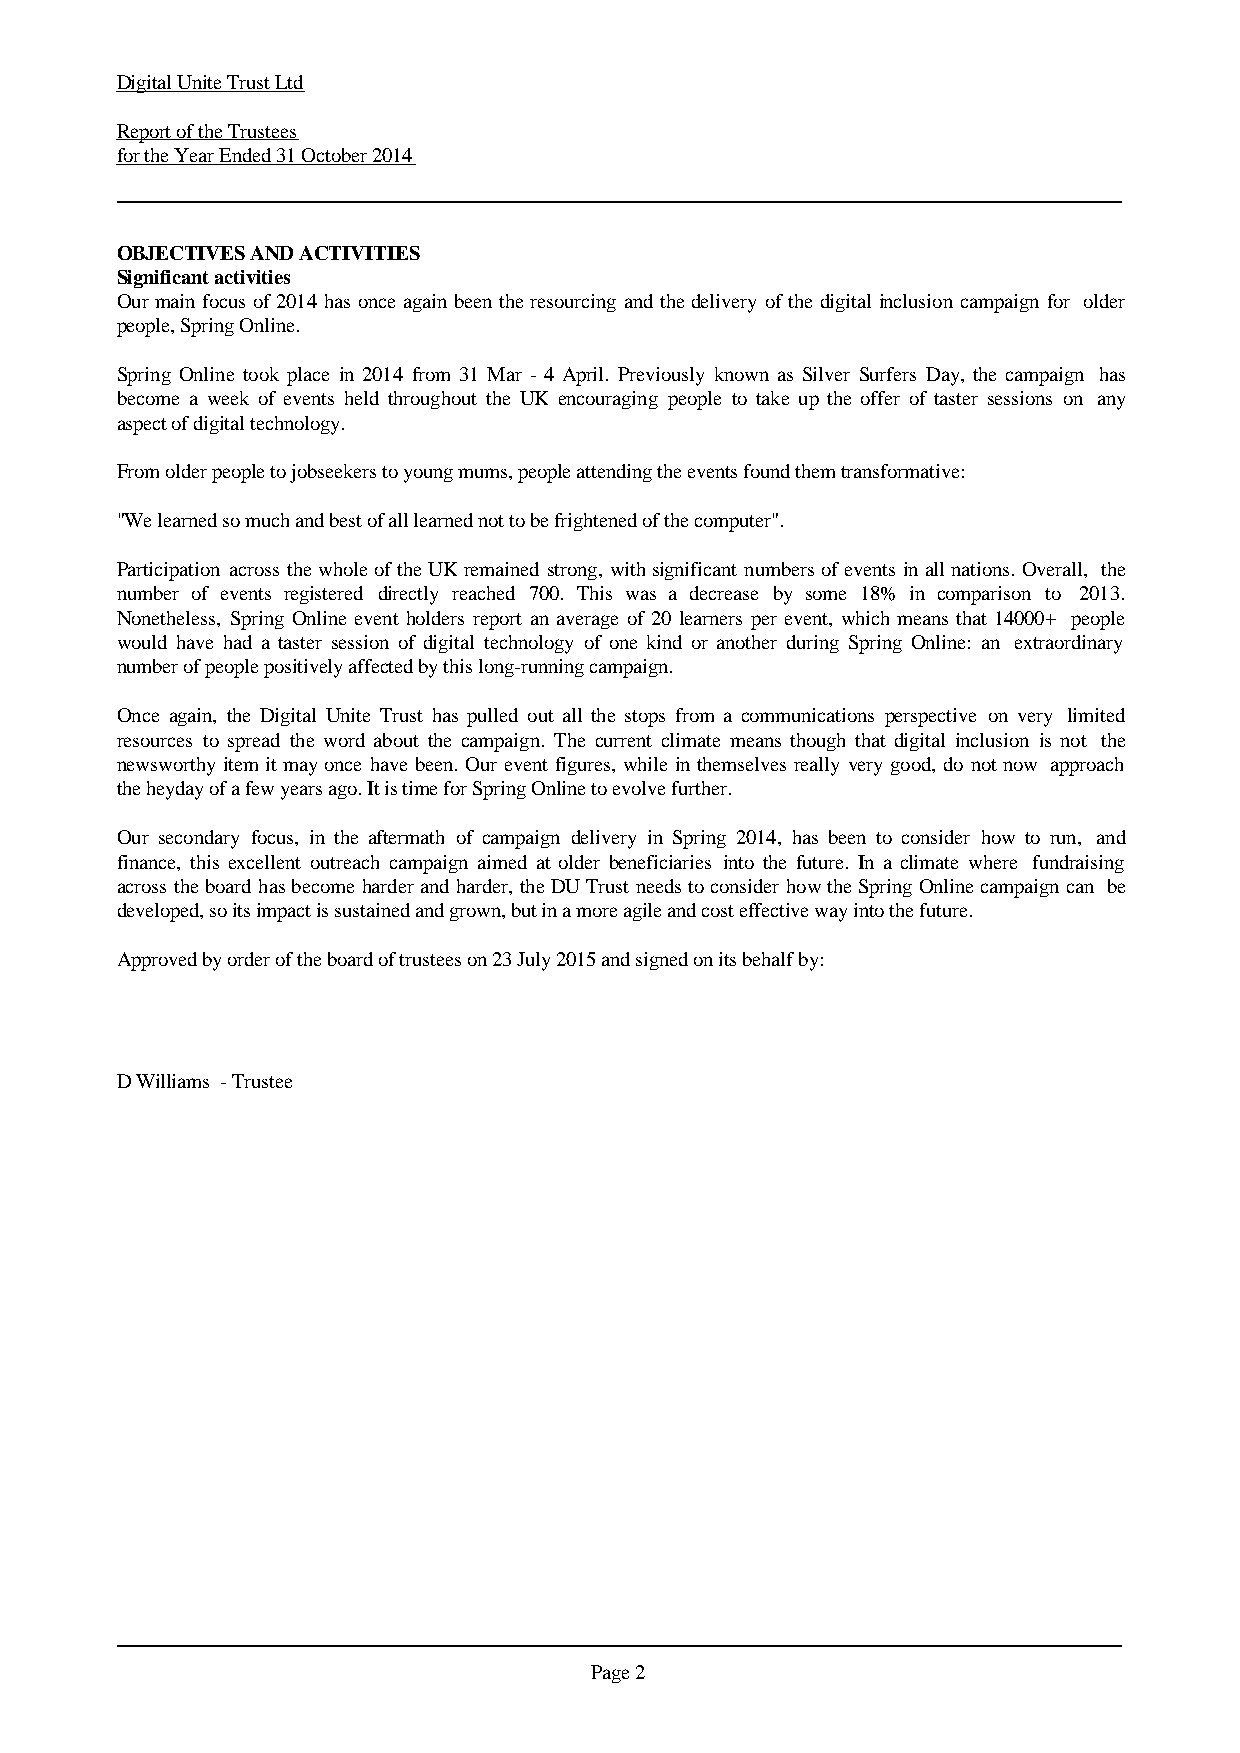
Digital Unite Trust Ltd
 Report of the Trustees
 for the Year Ended 31 October 2014
 OBJECTIVES AND ACTIVITIES
 Significant activities
 Ourmainfocusof2014 hasonceagainbeentheresourcingandthedeliveryofthedigitalinclusioncampaignfor older
 people, Spring Online.
 Spring Online took place in 2014 from 31 Mar - 4 April. Previously known as Silver Surfers Day, the campaign has
 become a week of events held throughout the UK encouraging people to take up the offer of taster sessions on any
 aspect of digital technology.
 From older people to jobseekers to young mums, people attending the events found them transformative:
 "We learned so much and best of all learned not to be frightened of the computer".
 Participation acrossthewholeoftheUKremainedstrong,withsignificantnumbersofeventsinallnations.Overall, the
 number of events registered directly reached 700. This was a decrease by some 18% in comparison to 2013.
 Nonetheless, Spring Online event holders report an average of 20 learners per event, whichmeansthat 14000+ people
 would have had a taster session of digital technology of one kind or another during Spring Online: an extraordinary
 number of people positively affected by this long-running campaign.
 Once again, the Digital Unite Trust has pulled out all the stops from a communications perspective on very limited
 resources to spread the word about the campaign. The current climate means though that digital inclusion is not the
 newsworthyitemitmayonce havebeen. Oureventfigures,whileinthemselvesreallyverygood, do notnow approach
 the heyday of a few years ago. It is time for Spring Online to evolve further.
 Our secondary focus, in the aftermath of campaign delivery in Spring 2014, has been to consider how to run, and
 finance, this excellent outreach campaign aimed at older beneficiaries into the future. In a climate where fundraising
 acrosstheboardhasbecomeharderandharder,theDUTrustneedstoconsiderhowtheSpringOnlinecampaigncan be
 developed, so its impact is sustained and grown, but in a more agile and cost effective way into the future.
 Approved by order of the board of trustees on 23 July 2015 and signed on its behalf by:
 D Williams - Trustee
 Page 2